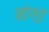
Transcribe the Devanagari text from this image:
बांगड़